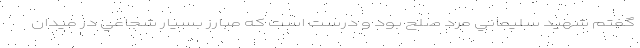
گفتم شهيد سليماني مرد صلح بود و درست است كه مبارز بسيار شجاعي در ميدان